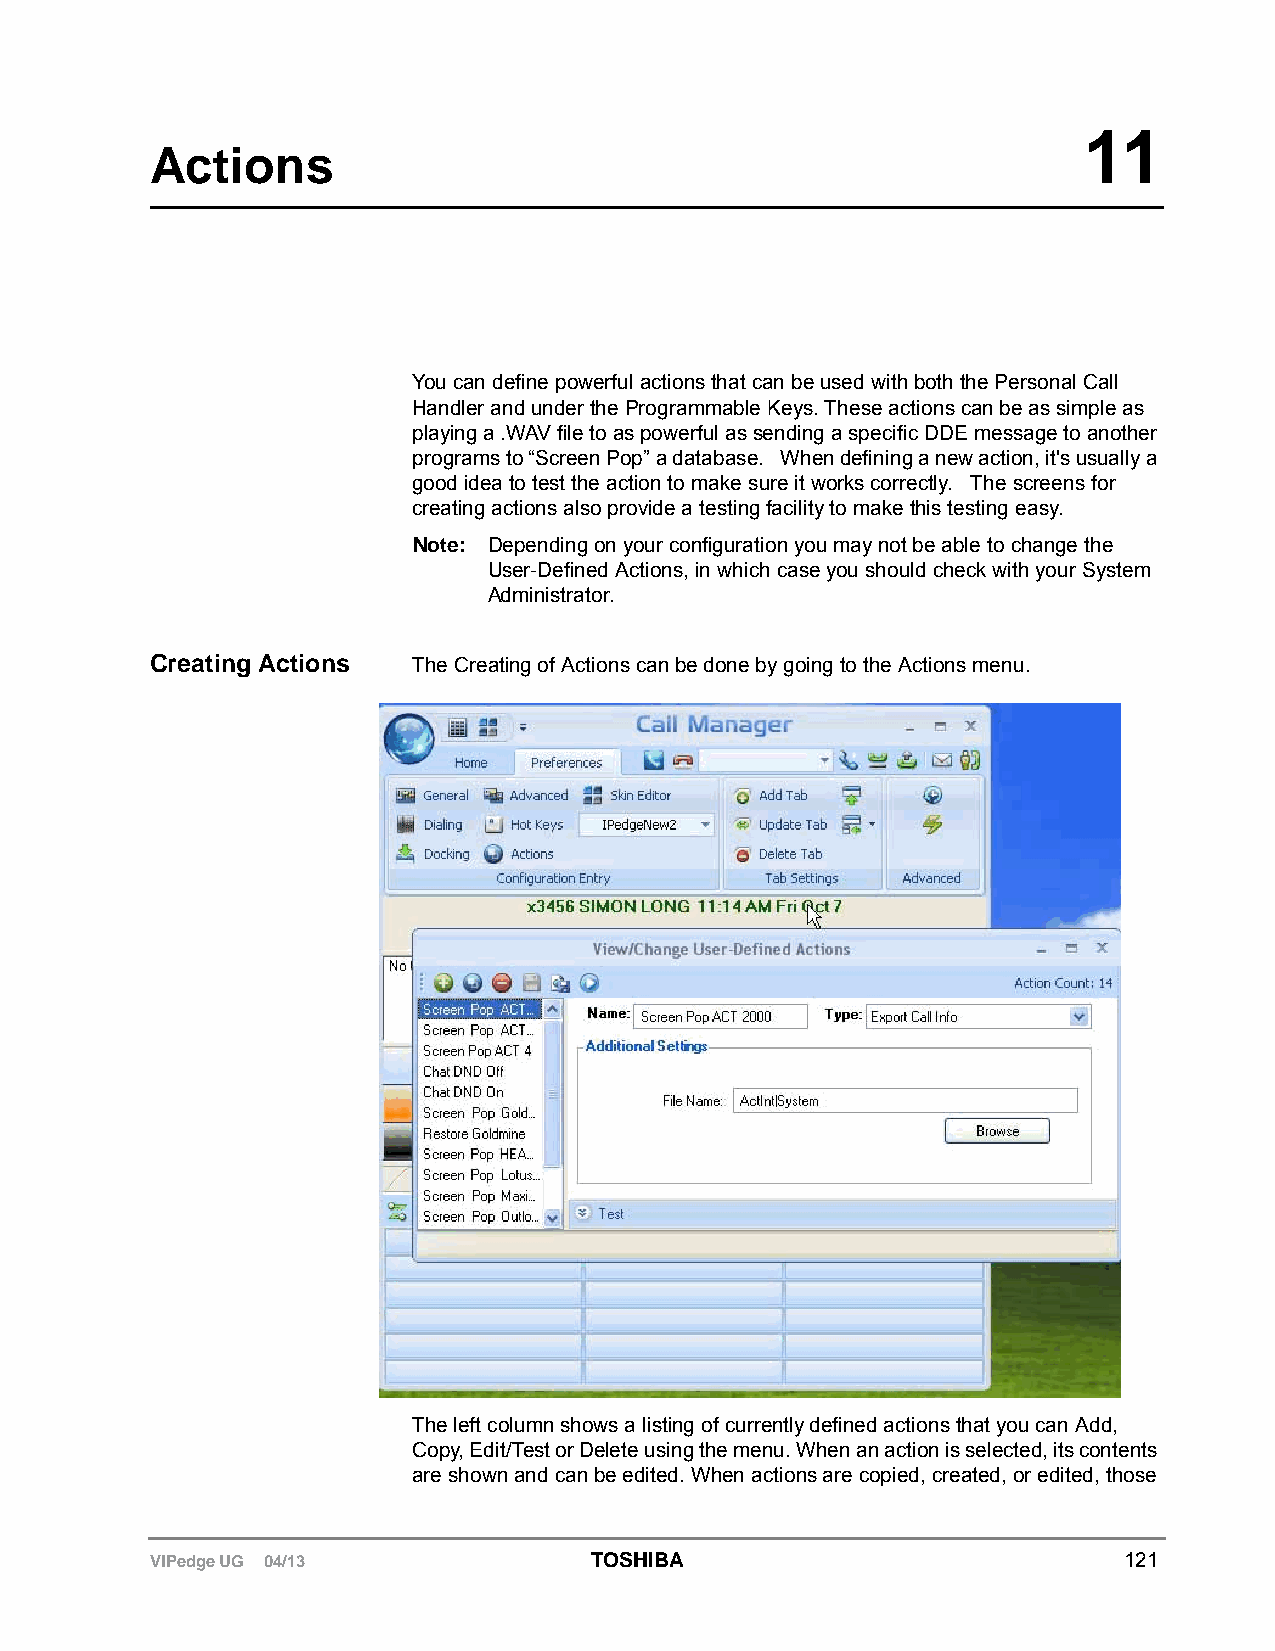
11
 Actions
 You can define powerful actions that can be used with both the Personal Call
 Handler and under the Programmable Keys. These actions can be as simple as
 playing a .WAV file to as powerful as sending a specific DDE message to another
 programs to “Screen Pop” a database. When defining a new action, it's usually a
 good idea to test the action to make sure it works correctly. The screens for
 creating actions also provide a testing facility to make this testing easy.
 Note: Depending on your configuration you may not be able to change the
 User-Defined Actions, in which case you should check with your System
 Administrator.
 Creating Actions The Creating of Actions can be done by going to the Actions menu.
 The left column shows a listing of currently defined actions that you can Add,
 Copy, Edit/Test or Delete using the menu. When an action is selected, its contents
 are shown and can be edited. When actions are copied, created, or edited, those
 VIPedge UG 04/13             TOSHIBA                            121